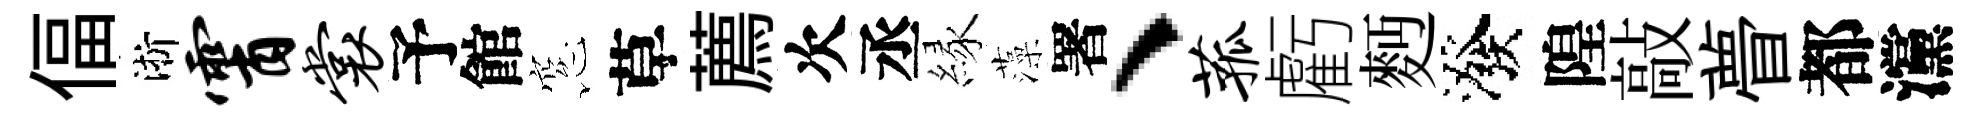
偪淅霄裳予館窓草薦次丞縁藻署、菰虧麪潑隍敲瞢都灙